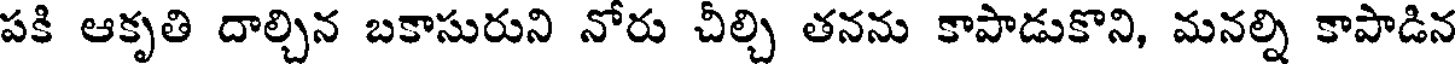
పకి ఆకృతి దాల్చిన బకాసురుని నోరు చీల్చి తనను కాపాడుకొని, మనల్ని కాపాడిన